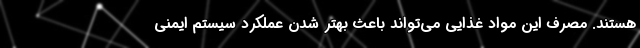
هستند. مصرف این مواد غذایی می‌تواند باعث بهتر شدن عملکرد سیستم ایمنی